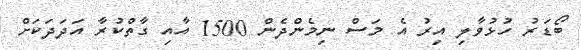
ބޯޑަރު ހުޅުވާލި އިރު އެ މަސް ނިމެންދެން 1500 އާއި ގާތްކުރާ އަދަދަކަށް